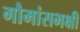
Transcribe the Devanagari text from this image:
गौमांसभक्षी